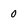
Character: 0